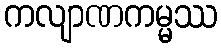
ကလျာဏကမ္မဿ